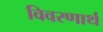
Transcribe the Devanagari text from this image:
विवरणार्थ